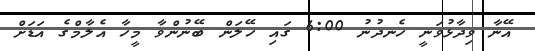
އޭނާ ވިދާޅުވަނީ ހެނދުނު 6:00 ގައި ހޭލަން ބޭނުންވާ މީހާ އެލާމްގެ އަޑަށް